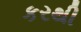
કરથી